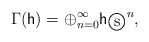
\begin{align*}\Gamma(\mathsf{h}) = \oplus_{n=0}^{\infty}{\mathsf{h}_{\textcircled{s}}}^{n},\end{align*}